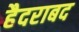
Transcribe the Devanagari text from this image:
हैदराबद